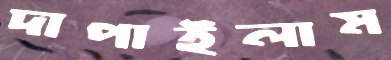
দাপাইলাম